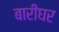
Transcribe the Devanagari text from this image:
बारीघर